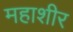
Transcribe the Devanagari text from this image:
महाशीर